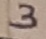
Text: 3